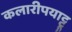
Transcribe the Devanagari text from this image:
कलारीपयाट्टू